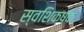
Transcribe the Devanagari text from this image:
स्वशिक्षक